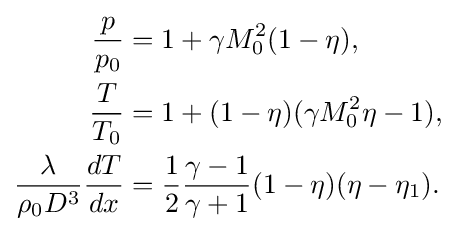
{\begin{aligned}{\frac {p}{p_{0}}}&=1+\gamma M_{0}^{2}(1-\eta ),\\{\frac {T}{T_{0}}}&=1+(1-\eta )(\gamma M_{0}^{2}\eta -1),\\{\frac {\lambda }{\rho _{0}D^{3}}}{\frac {dT}{dx}}&={\frac {1}{2}}{\frac {\gamma -1}{\gamma +1}}(1-\eta )(\eta -\eta _{1}).\end{aligned}}